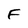
Character: F